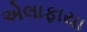
એલાફાયા